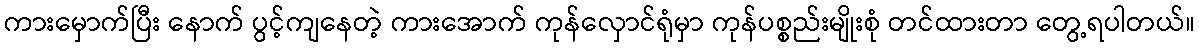
ကားမှောက်ပြီး နောက် ပွင့်ကျနေတဲ့ ကားအောက် ကုန်လှောင်ရုံမှာ ကုန်ပစ္စည်းမျိုးစုံ တင်ထားတာ တွေ့ရပါတယ်။